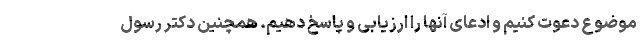
موضوع دعوت کنیم و ادعای آنها را ارزیابی و پاسخ دهیم. همچنین دکتر رسول